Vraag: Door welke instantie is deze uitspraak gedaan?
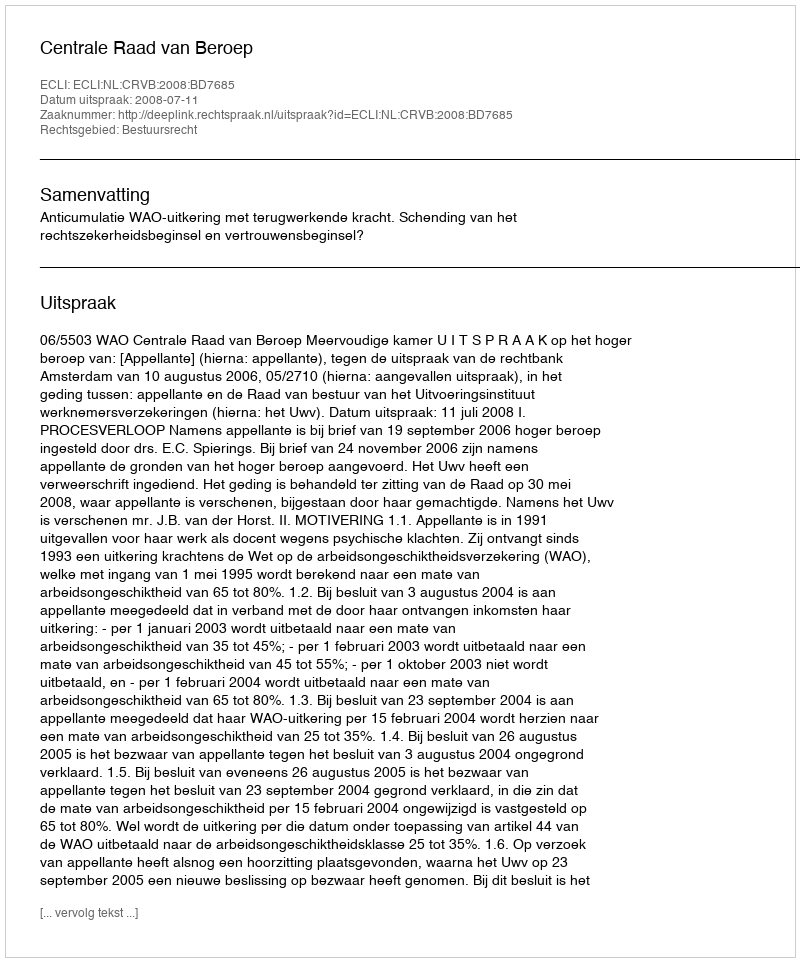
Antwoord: Centrale Raad van Beroep